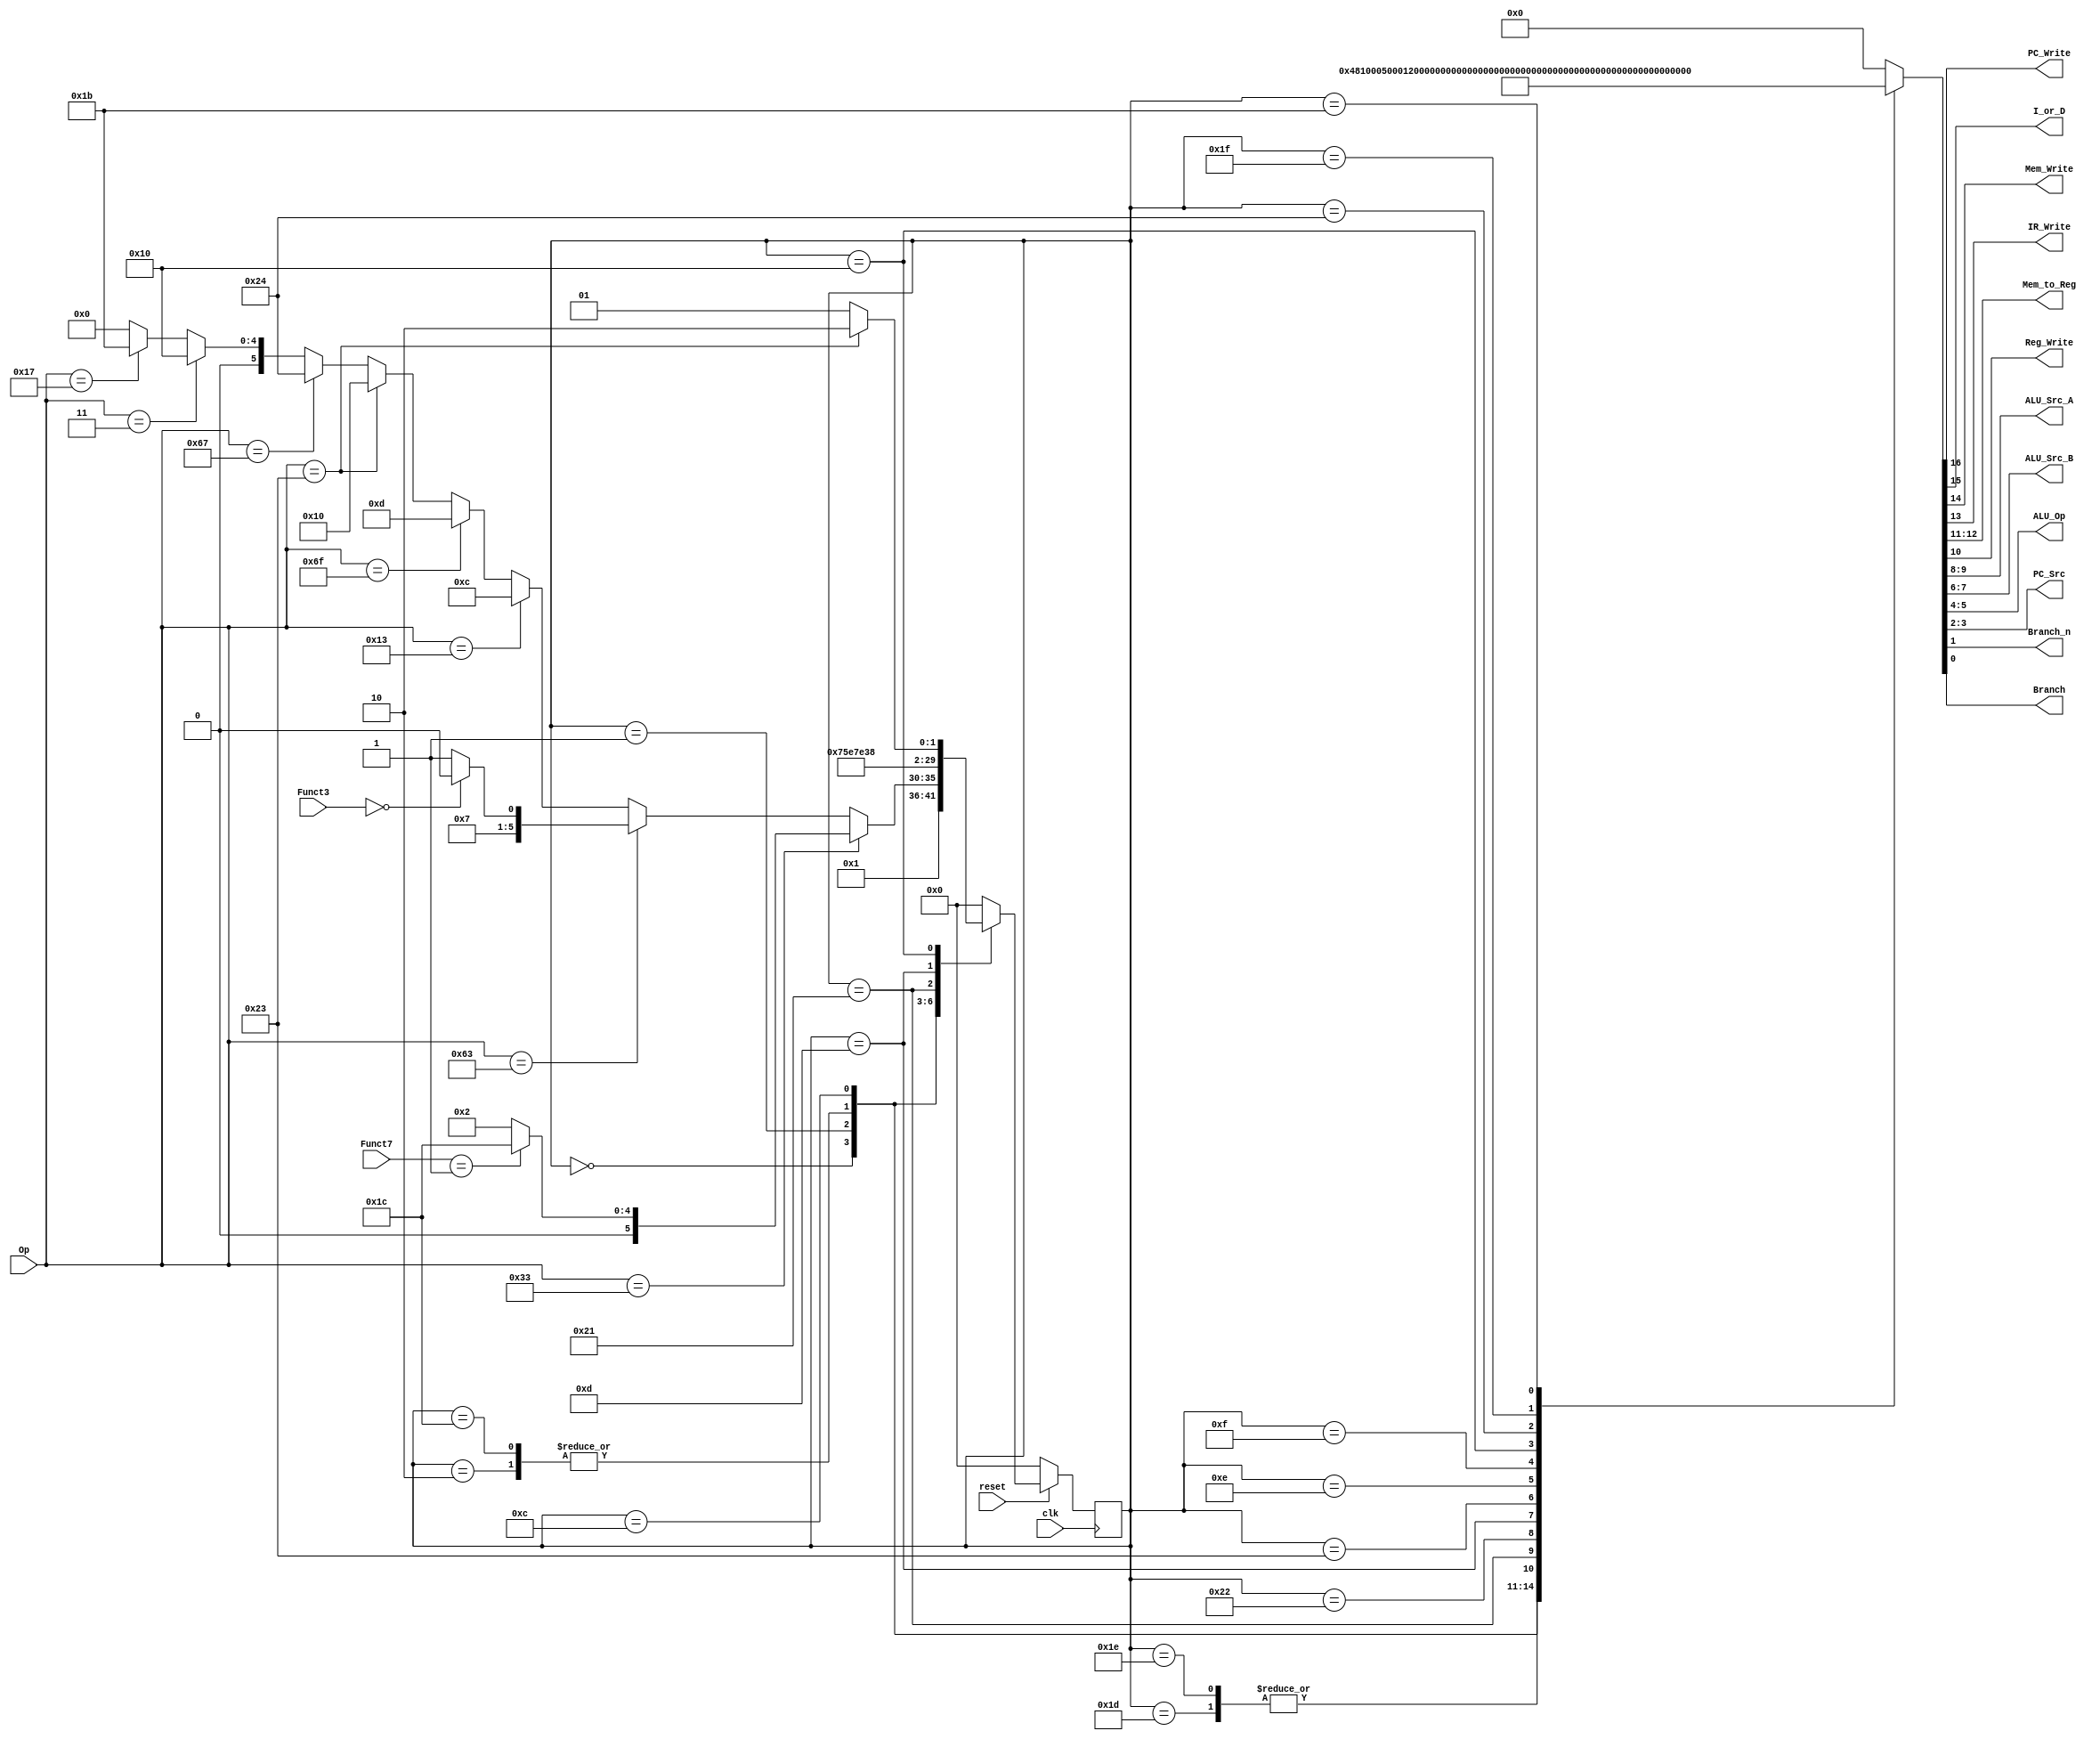
module Control_Signals
(
	input 			clk,
	input 			reset,
	input		[6:0]	Op,
	input 	[2:0] Funct3,
	input 	[6:0] Funct7,
		
	output  			PC_Write,
	output			I_or_D,
	output 			Mem_Write,
	output 			IR_Write,
	output 	[1:0]	Mem_to_Reg,
	output 			Reg_Write,
	output 	[1:0]	ALU_Src_A,
	output 	[1:0]	ALU_Src_B,
	output 	[1:0]	ALU_Op,
	output 	[1:0]	PC_Src,
	output			Branch_n,
	output			Branch
);

	localparam	IF 			= 6'b000000,
					ID 			= 6'b000001,
					
					EX_R        = 6'b000010,
					EX_I        = 6'b001100,
					
					JAL         = 6'b001101,
					BEQ         = 6'b001110,
					BNE         = 6'b001111,
					
					LWSW        = 6'b010000,
					LW          = 6'b100001,
					SW          = 6'b100010,
					JALR        = 6'b100100,
					
					
					/*EX_I_LW  	= 6'b010100,										 
					EX_S_SW   	= 6'b010101,									 
					EX_B_BEQ    = 6'b010110,
					EX_B_BNE  	= 6'b010111,								 
					EX_J_JAL    = 6'b011000,
					EX_I_JALR 	= 6'b011001,							 
					EX_U_LUI    = 6'b011010,*/
					EX_U_AUIPC	= 6'b011011,
					
					EX_R_MUL    = 6'b011100,
					
					WB_R 	      = 6'b011101,
					WB_I	      = 6'b011110,
					WB_J        = 6'b100011,
					
					M_WB        = 6'b011111,
				   M_WB2       = 6'b100101;
					
					
					
					
				
			      	

							
	reg	[5:0]		state ;
	reg	[5:0]		next_state;
	reg	[16:0]	control_bus;
	
	always@(posedge clk) begin
		if(!reset) state <= IF; 
		else state <= next_state;
	end
	
	always@(state or Op or Funct3 or Funct7) begin
		control_bus = 17'b0_0_0_0_00_00_0_00_00_00_00_0;
		case (state)
			IF	:	begin
						control_bus = 17'b1_0_0_1_00_0_00_01_00_00_0_0;     
						
						next_state = ID;
					end
						
			
			ID		:	begin
							//control_bus = 17'b0_0_0_0_00_0_00_10_00_00_0_0;
							  control_bus = 17'b0_0_0_0_00_0_10_10_00_00_0_0;
							
						   next_state =    					  (Op == 7'b011_0011) ? (Funct7 == 7'b000_0001) ? EX_R_MUL : EX_R : 
							                                (Op == 7'b110_0011) ? (Funct3 == 3'b000)       ? BEQ     : BNE  :
																	  (Op == 7'b001_0011) ? EX_I :
																	  (Op == 7'b110_1111) ? JAL  :
																	  (Op == 7'b010_0011) ? LWSW : 
																	  (Op == 7'b110_0111) ? JALR : 
																	  (Op == 7'b000_0011) ? LWSW :
																	  (Op == 7'b001_0111) ? EX_U_AUIPC : IF;
																	  
										  
										  
										  
										  
                     end 

//=========================================================================
			EX_R	:	begin
							control_bus = 17'b0_0_0_0_00_0_01_00_10_00_0_0; 
							next_state = WB_R;
						end
						
						
		EX_R_MUL	:	begin
							control_bus = 17'b0_0_0_0_00_0_01_00_10_00_0_0; 
							next_state = WB_R;
						end
		
//=========================================================================
			WB_R	:	begin
							control_bus = 17'b0_0_0_0_00_1_01_00_00_00_0_0;
							
							next_state = IF;
						end
						
//=========================================================================	
			EX_I	: 	begin
							control_bus = 17'b0_0_0_0_00_0_01_10_11_00_0_0 ;

							next_state = WB_I;
						end 
											
//=========================================================================				
			WB_I	:	begin
							control_bus = 17'b0_0_0_0_00_1_01_00_00_00_0_0;
							
							next_state = IF;
						end
						
//=========================================================================			
		 LW		:	begin
							//control_bus = 17'b0_1_0_0_00_0_01_00_00_00_0_0;
							  control_bus = 17'b0_1_0_0_00_0_01_10_00_00_0_0;
							
							next_state = M_WB;
						end
							
		 SW		:	begin
							control_bus = 17'b0_1_1_0_00_0_00_00_00_00_0_0;
							
							next_state = IF;
						end

//=========================================================================							
		JAL		:  begin
									 
						  control_bus = 17'b0_0_0_0_00_0_00_11_00_00_0_0;
									
						  next_state = WB_J;
									
						end

//=========================================================================
		WB_J		:	begin
							  control_bus = 17'b1_0_0_0_00_1_10_10_00_00_0_0;
							
							next_state = IF;
						end

//=========================================================================
      BEQ	   :  begin
									control_bus = 17'b0_0_0_0_00_0_01_00_01_10_0_1;
									
									next_state = IF;
								end
								
		BNE	   :  begin
									control_bus = 17'b0_0_0_0_00_0_01_00_01_10_1_0;
									
									next_state = IF;
								end

//=========================================================================
       LWSW	   :	begin
							control_bus = 17'b0_0_0_0_00_0_01_10_00_00_0_0;
							
							next_state =  (Op == 7'b010_0011) ? SW : LW ;
						end

//=========================================================================
		JALR		:	begin
							control_bus = 17'b1_0_0_0_00_0_01_00_00_00_0_0;
							
							
							next_state = IF;
						end


//=========================================================================
		 M_WB	   :	begin
							control_bus = 17'b0_1_0_0_01_1_01_00_00_00_0_0;
							
							//next_state = M_WB2;
							next_state = IF;
						end
						
/*		M_WB2	   :	begin
							control_bus = 17'b0_1_0_0_01_1_01_00_00_00_0_0;
							
							next_state = IF;
						end*/

//=========================================================================
	EX_U_AUIPC	:  begin
							control_bus = 17'b0_0_0_0_00_1_10_10_00_00_0_0;
							
							next_state = IF;
						end

//=========================================================================


//=========================================================================

						
				
			default	:	next_state = IF;
		endcase
	end
	
	assign PC_Write 		= control_bus[16];
	assign I_or_D 			= control_bus[15];
	assign Mem_Write 		= control_bus[14];
	assign IR_Write 		= control_bus[13];
	assign Mem_to_Reg 	= control_bus[12:11];
	assign Reg_Write   	= control_bus[10];
	assign ALU_Src_A 		= control_bus[9:8];
	assign ALU_Src_B 		= control_bus[7:6];
	assign ALU_Op    		= control_bus[5:4];
	assign PC_Src    		= control_bus[3:2];
	assign Branch_n 		= control_bus[1];
	assign Branch   		= control_bus[0];
	

endmodule